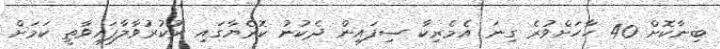
ބިނާކޮށް 40 ހާހަށްވުރެ ގިނަ އެމެރިކާ ސިފައިން ދެކުނު ކޮރެޔާގައި ރުކުރުވާލާފައިވާތީ ކަމަށް